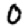
Digit: 0